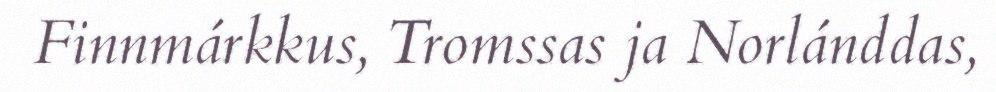
Finnmárkkus, Tromssas ja Norlánddas,